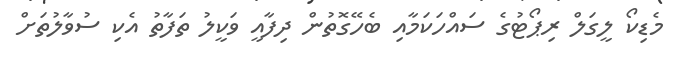
މެޑިކޯ ލީގަލް ރިޕޯޓުގެ ސައްހަކަމާއި ބެހޭގޮތުން ދިފާއީ ވަކީލު ތަފާތު އެކި ސުވާލުތަށް